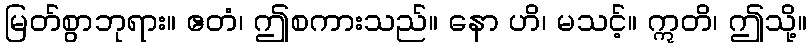
မြတ်စွာဘုရား။ ဧတံ၊ ဤစကားသည်။ နော ဟိ၊ မသင့်။ ဣတိ၊ ဤသို့။